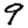
Digit: 9